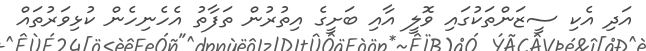
އަދި އެކި ސީޒަންތަކުގައި ވޮލީ އާއި ބަށީގެ އިތުރުން ތަފާތު އެހެނިހެން ކުޅިވަރުތައް